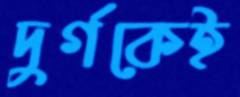
দুর্গকেই